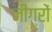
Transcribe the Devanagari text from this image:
नीग्रों